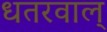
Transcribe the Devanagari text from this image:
धतरवाल्